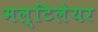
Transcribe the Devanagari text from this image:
मल्टिलेयर